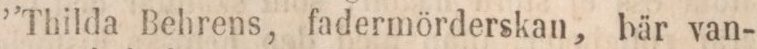
”Thilda Behrens, fadermörderskan, bär van-